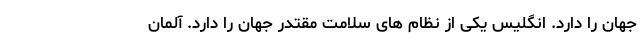
جهان را دارد. انگلیس یکی از نظام های سلامت مقتدر جهان را دارد. آلمان